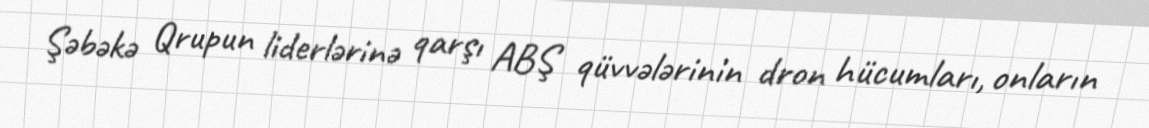
Şəbəkə Qrupun liderlərinə qarşı ABŞ qüvvələrinin dron hücumları, onların